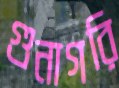
গুনাগরি